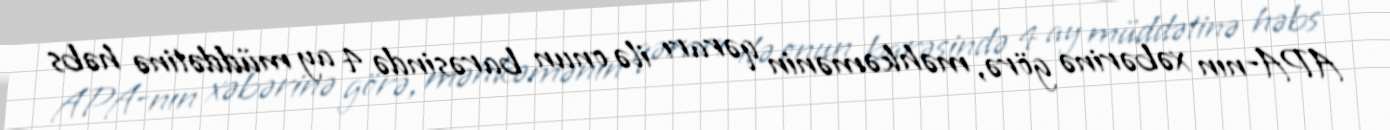
APA-nın xəbərinə görə, məhkəmənin qərarı ilə onun barəsində 4 ay müddətinə həbs